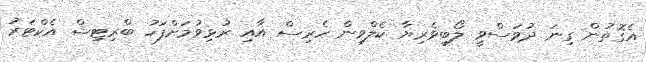
އެގޮތުން ގިނަ ދުވަސްވީ ލޯބިވެރިޔާ ކެލްވިން ހެރިސް އާއި ރުޅިވުމަށްފަހު ބްރިޓިޝް އެކްޓަރު